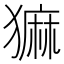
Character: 𬍄